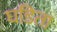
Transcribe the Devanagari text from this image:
घडिता